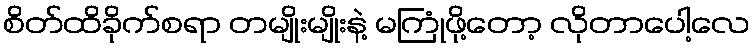
စိတ်ထိခိုက်စရာ တမျိုးမျိုးနဲ့ မကြုံဖို့တော့ လိုတာပေါ့လေ